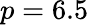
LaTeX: p=6.5